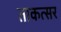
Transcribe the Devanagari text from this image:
ताकत्सर